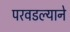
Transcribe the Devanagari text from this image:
परवडल्याने